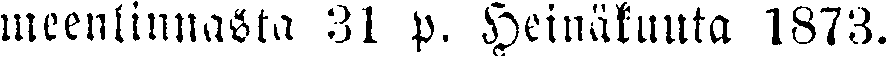
meenlinnasta 31 p. Heinäkuuta 1873.